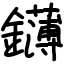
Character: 鑮